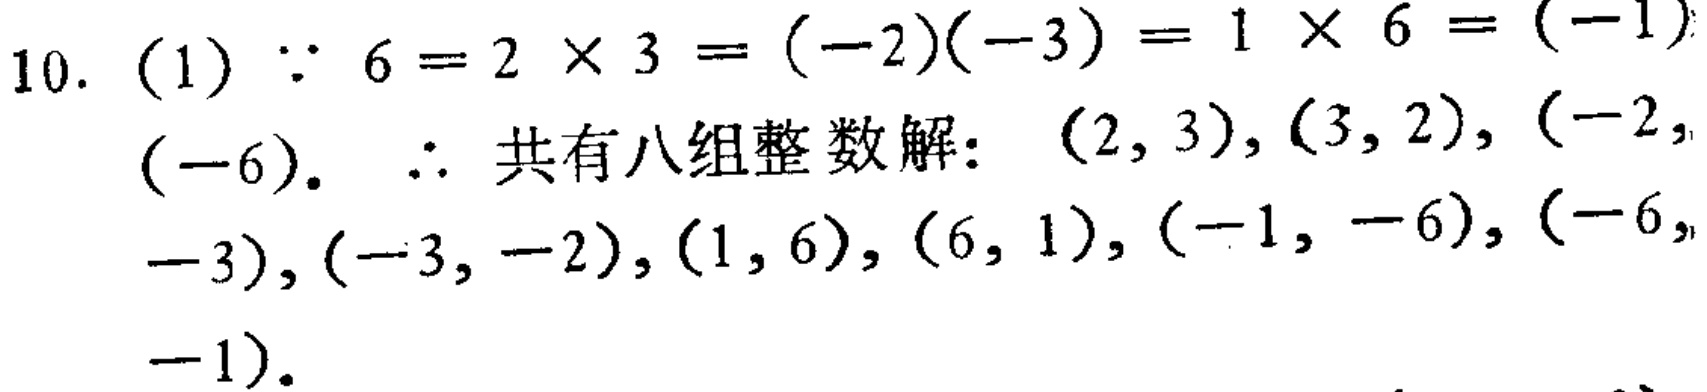
10. (1) $\because 6 = 2\times3=(-2)(-3)=1\times6=(-1)(-6)$.  $\therefore$ 共有八组整数解：$(2,3),(3,2),(-2,-3),(-3,-2),(1,6),(6,1),(-1,-6),(-6,-1)$.